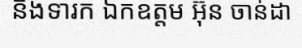
និងទារក ឯកឧត្តម អ៊ុន ចាន់ដា